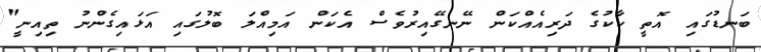
ބަނޑުގައި އޮތީ ކާކުގެ ދަރިއެއްކަން ނޭނގޭއިރުވެސް އެކަން އަމިއްލަ ބޮލުގައި އަޅައިގެންނު ތިއިނީ"